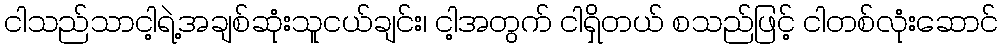
ငါသည်သာငါ့ရဲ့အချစ်ဆုံးသူငယ်ချင်း၊ ငါ့အတွက် ငါရှိတယ် စသည်ဖြင့် ငါတစ်လုံးဆောင်